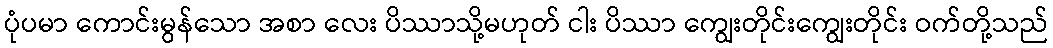
ပုံပမာ ကောင်းမွန်သော အစာ လေး ပိဿာသို့မဟုတ် ငါး ပိဿာ ကျွေးတိုင်းကျွေးတိုင်း ဝက်တို့သည်